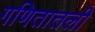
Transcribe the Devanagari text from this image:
गणितातली